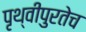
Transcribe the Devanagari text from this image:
पृथ्वीपुरतेच